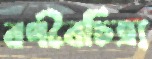
বর্ণবৈচিত্র্য